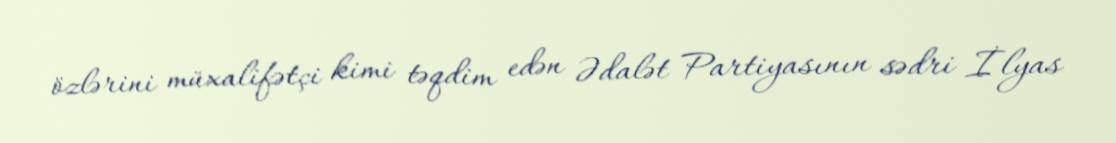
özlərini müxalifətçi kimi təqdim edən Ədalət Partiyasının sədri İlyas